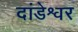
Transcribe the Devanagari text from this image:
दांडेश्वर